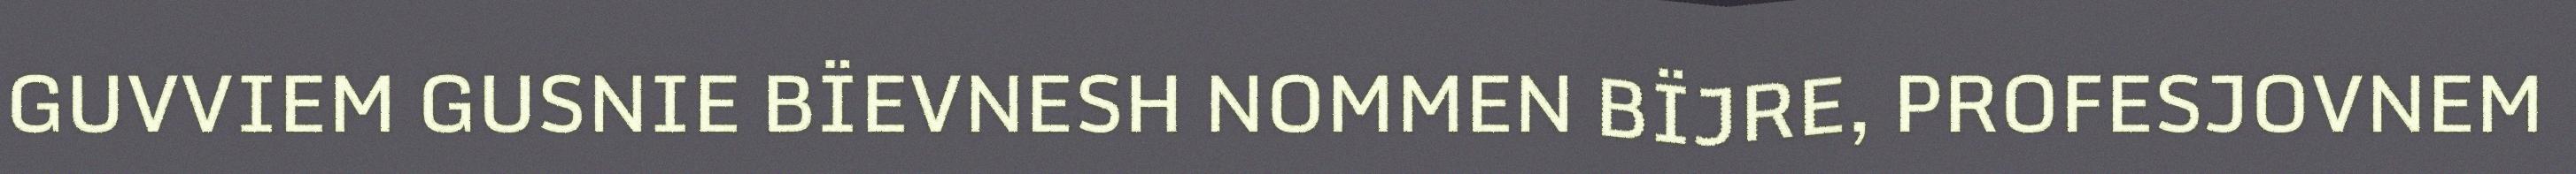
GUVVIEM GUSNIE BÏEVNESH NOMMEN BÏJRE, PROFESJOVNEM